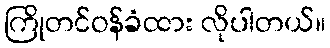
ကြိုတင်ဝန်ခံထား လိုပါတယ်။